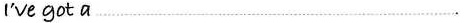
I've got a …………